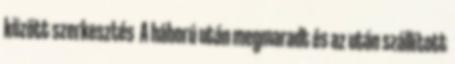
között szerkesztés A háború után megmaradt és az után szállított